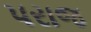
પરાજ